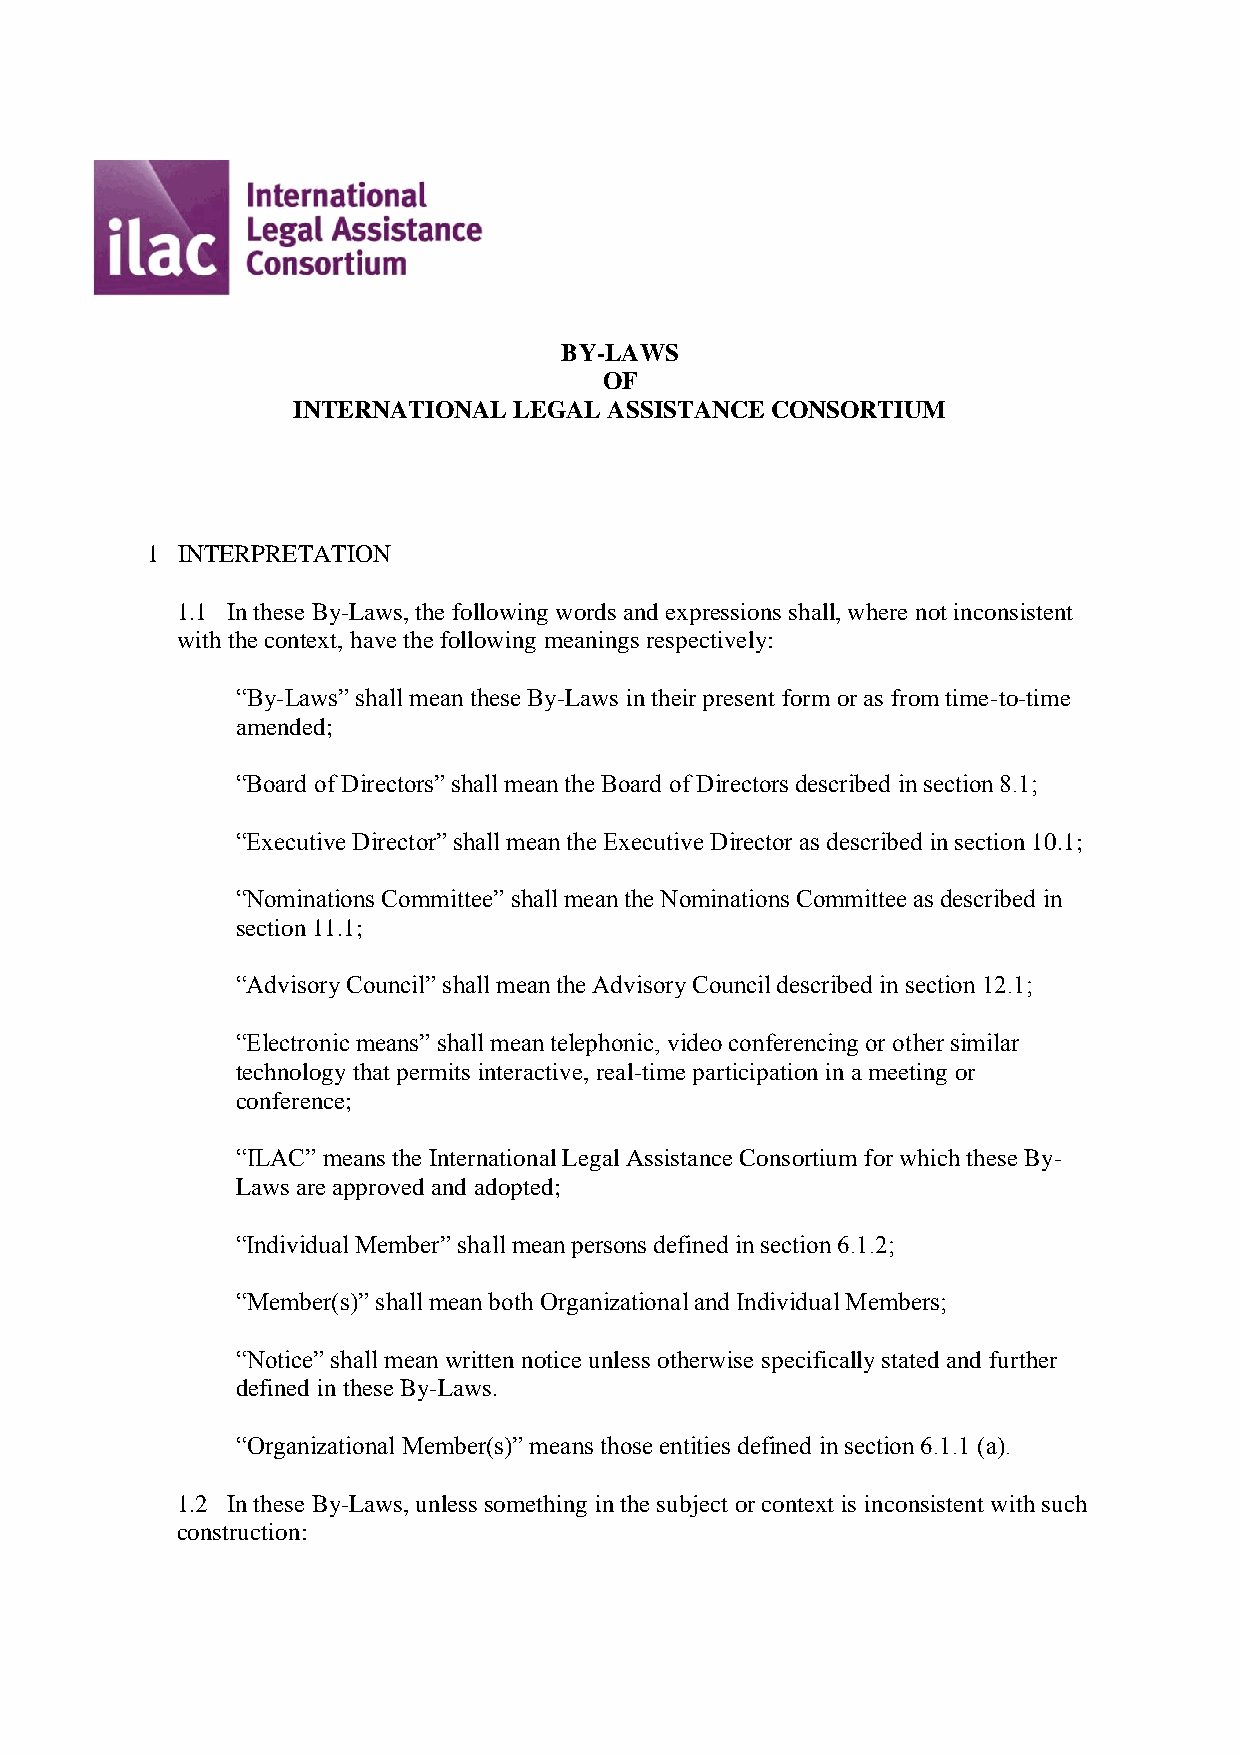
BY-LAWS
 OF
 INTERNATIONAL  LEGAL ASSISTANCE CONSORTIUM
 1 INTERPRETATION
 1.1 In these By-Laws, the following words and expressions shall, where not inconsistent
 with the context, have the following meanings respectively:
 “By-Laws” shall mean these By-Laws in their present form or as from time-to-time
 amended;
 “Board of Directors” shall mean the Board of Directors described in section 8.1;
 “Executive Director” shall mean the Executive Director as described in section 10.1;
 “Nominations Committee” shall mean the Nominations Committee as described in
 section 11.1;
 “Advisory Council” shall mean the Advisory Council described in section 12.1;
 “Electronic means” shall mean telephonic, video conferencing or other similar
 technology that permits interactive, real-time participation in a meeting or
 conference;
 “ILAC” means the International Legal Assistance Consortium for which these By-
 Laws are approved and adopted;
 “Individual Member” shall mean persons defined in section 6.1.2;
 “Member(s)” shall mean both Organizational and Individual Members;
 “Notice” shall mean written notice unless otherwise specifically stated and further
 defined in these By-Laws.
 “Organizational Member(s)” means those entities defined in section 6.1.1 (a).
 1.2 In these By-Laws, unless something in the subject or context is inconsistent with such
 construction: